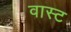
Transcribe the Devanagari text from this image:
वास्ट